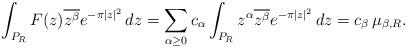
LaTeX: \begin{align*}\int_{P_R} F(z) \overline{z^\beta} e^{-\pi|z|^2} \, dz = \sum_{\alpha \geq 0} c_\alpha \int_{P_R} z^\alpha \overline{z^\beta} e^{-\pi |z|^2} \, dz = c_\beta \, \mu_{\beta,R}.\end{align*}